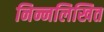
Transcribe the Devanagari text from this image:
निन्नलिखित